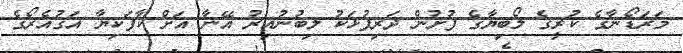
މަރަޑޯނާގެ ކުރީގެ ލޯބިޔާގެ ފުށުން ދަރިފުޅަކު ލިބުނުއިރު އޭނާ އަށް ކާފަކިޔާ އަގުއެރޯގެ